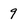
Character: 9